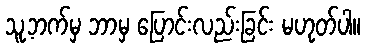
သူ့ဘက်မှ ဘာမှ ပြောင်းလည်းခြင်း မဟုတ်ပါ။